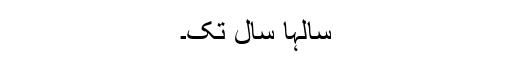
سالہا سال تک۔